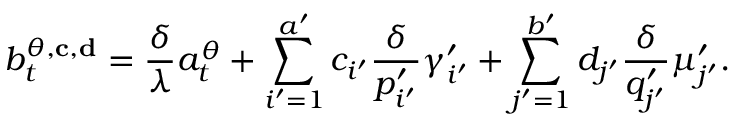
b _ { t } ^ { \theta , \mathbf { c } , \mathbf { d } } = \frac { \delta } { \lambda } a _ { t } ^ { \theta } + \sum _ { i ^ { \prime } = 1 } ^ { a ^ { \prime } } c _ { i ^ { \prime } } \frac { \delta } { p _ { i ^ { \prime } } ^ { \prime } } \gamma _ { i ^ { \prime } } ^ { \prime } + \sum _ { j ^ { \prime } = 1 } ^ { b ^ { \prime } } d _ { j ^ { \prime } } \frac { \delta } { q _ { j ^ { \prime } } ^ { \prime } } \mu _ { j ^ { \prime } } ^ { \prime } .